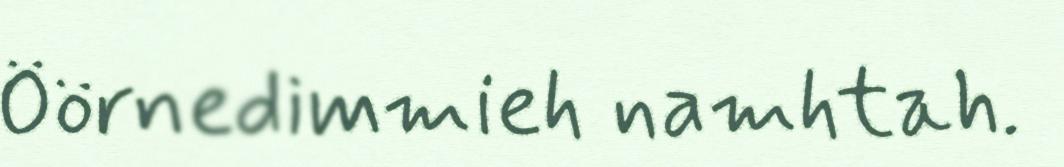
Öörnedimmieh namhtah.